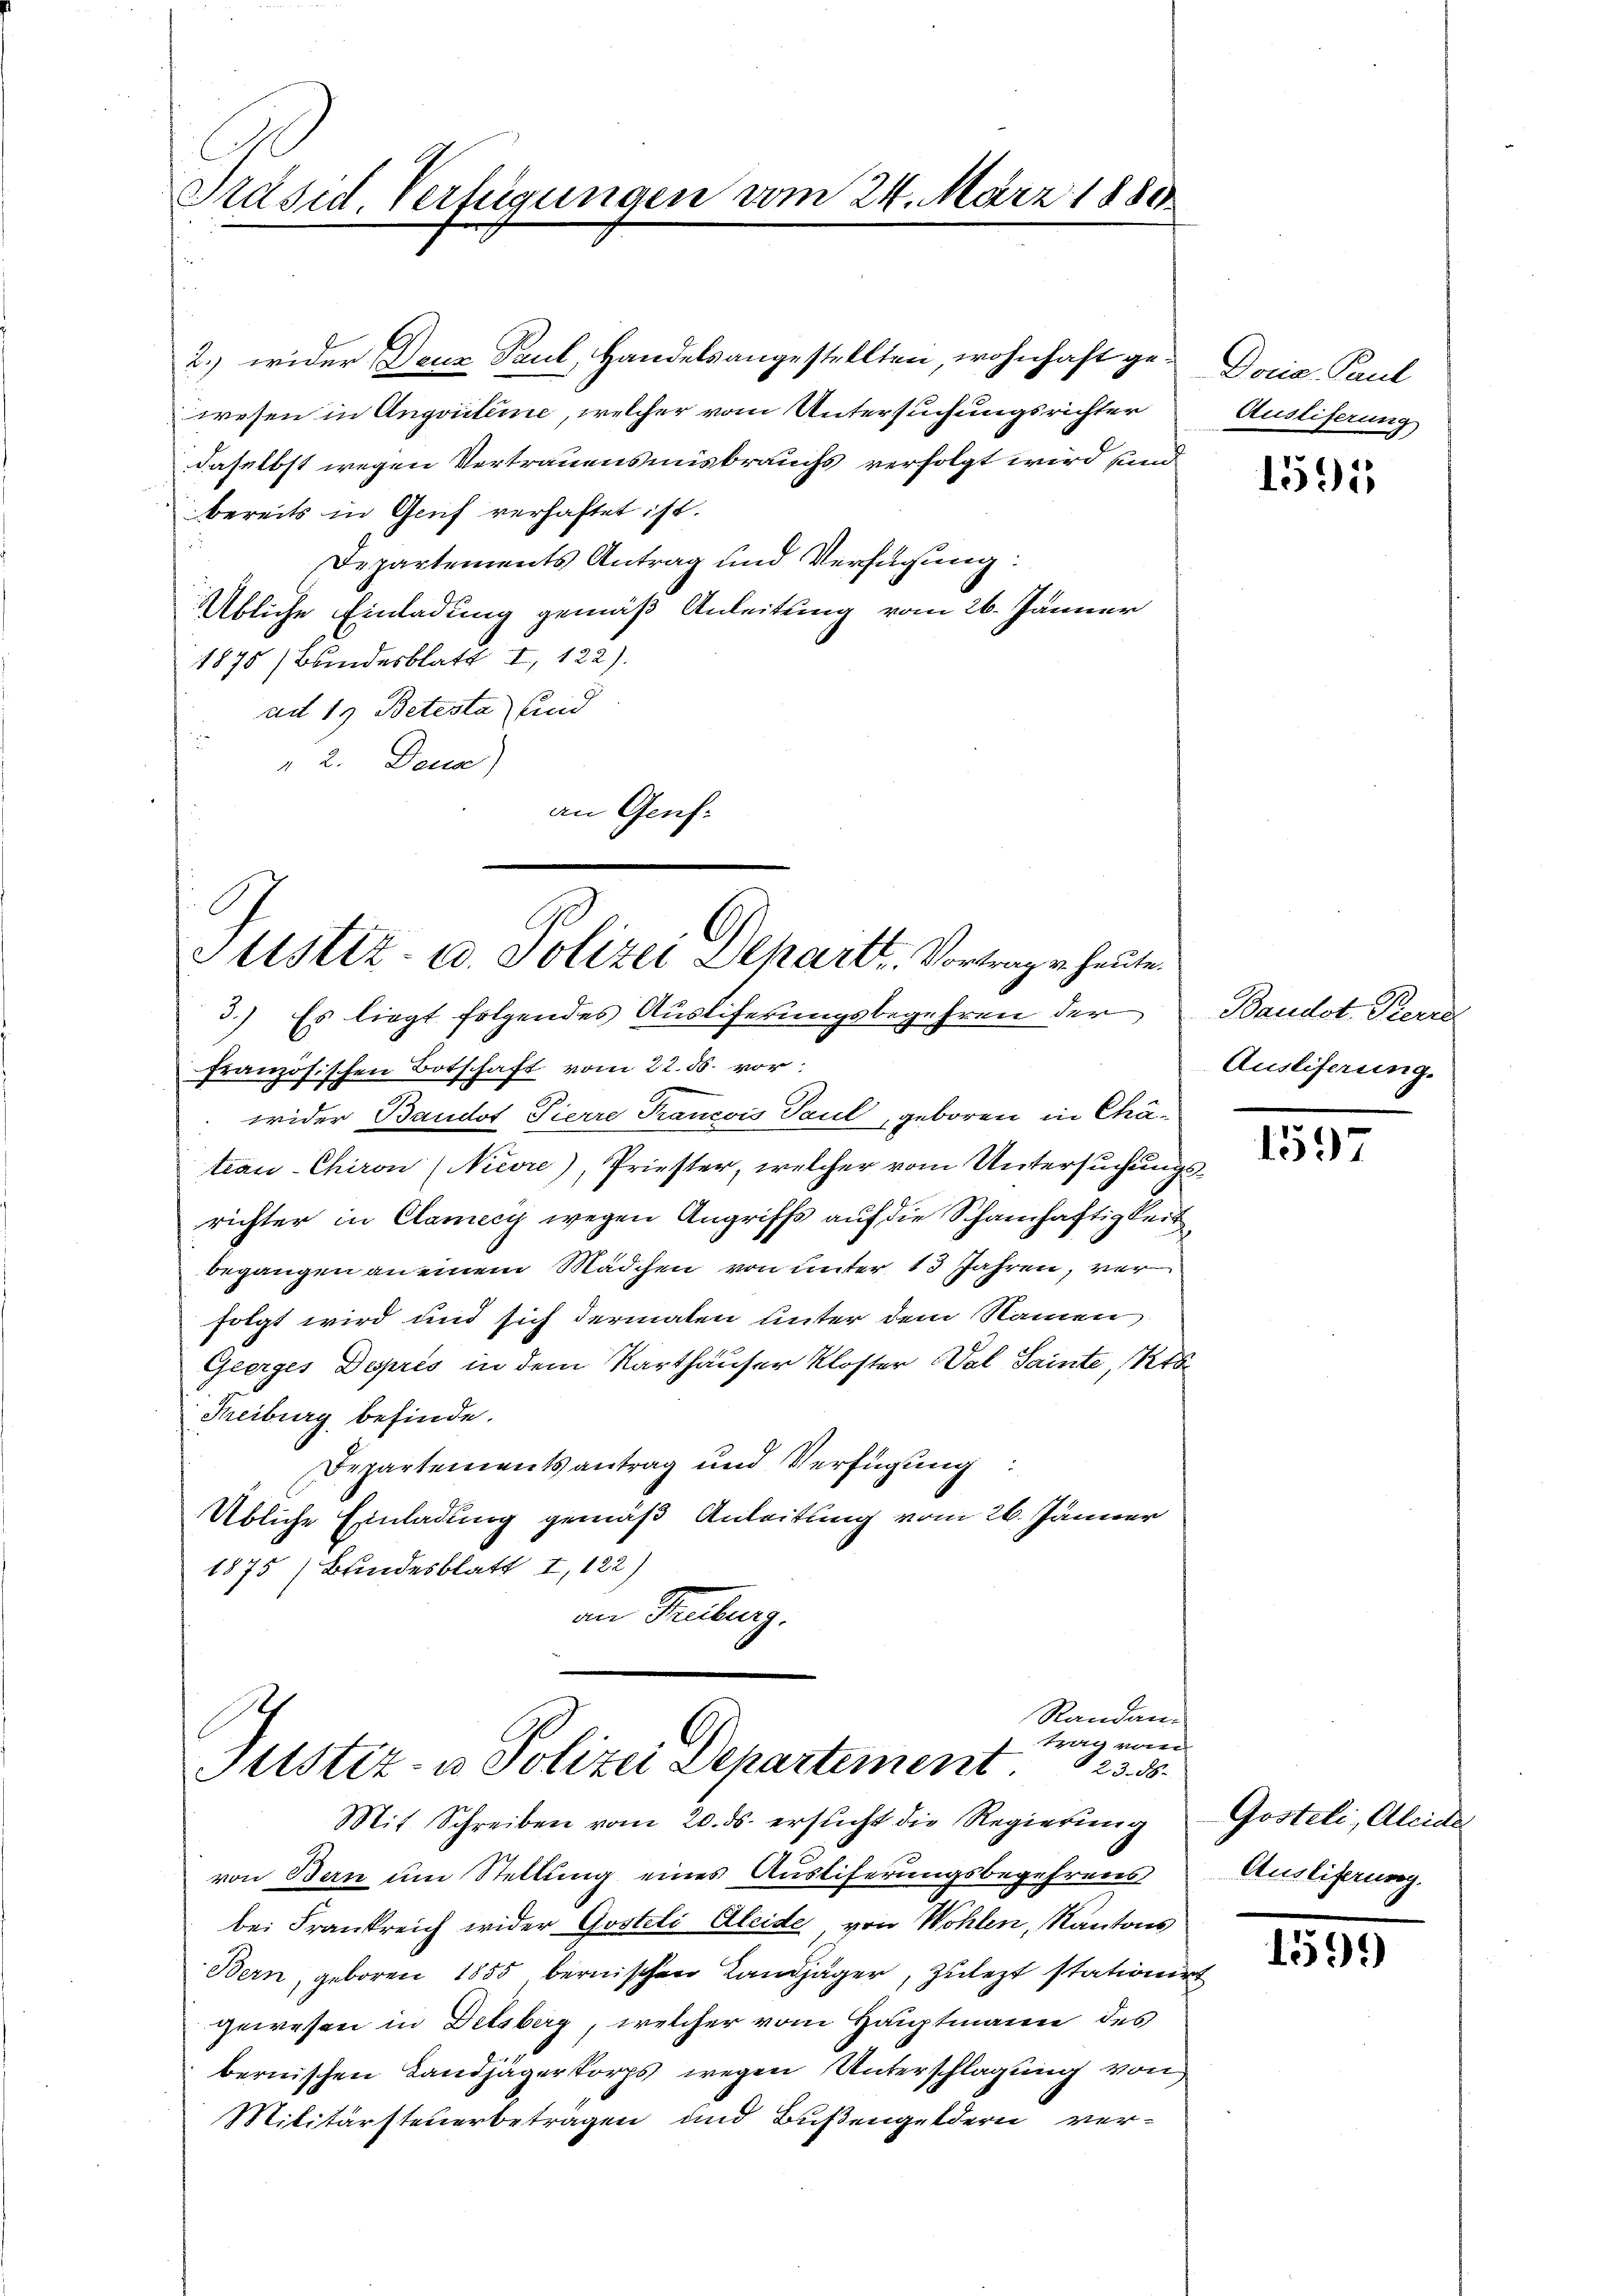
Präsid. Verfügungen vom 24. März 1888.

2. wider Deuz Paul, Handelsangestellten wohnhaft gewesen in Angriteine, welcher vom Untersuchungsrichter
daselbst wegen Vertrauensmisbrauchs verfolgt wird sin
bereits in Genf verhaftet ist.
Departements Antrag und Verfügung:
Übliche Einladung gemäß Anleitung vom 26. Jänner
1875 (Bundesblatt I 122).
ad 1. Betesta und
 2. Den)
an Genf¬

Justiz- u. Polizei Departt. Vortragen heute

3.) Es liegt folgendes Auslieferungsbegehren der
französischen Botschaft vom 22. ds. vor:
wider Baudot Pierre Francois Paul, geboren in Chäteau-Chiron Niere), Priester, welcher vom Untersuchungsrichter in Clamecy wegen Angriffs auf die Schamhaftigkeit
begangen an einem Mädchen von unter 13 Jahren, ver
folgt wird und sich dermalen unter dem Namen
Geerges Depris in dem Karthäuser Kloster Val Sainte, Kts.
Freiburg befinde.
Departementsantrag und Verfügung
Übliche Einladung gemäß Anleitung vom 26. Jänner
1875 Bundesblatt I,122)
an Trübung.

Randanl
trag vom
Justiz- u Polizei Departement.
123. ds.
Mit Schreiben vom 20. ds. ersucht die Regierung

Doris Paul
Ausliferung

von Bern um Stellung eines Ausliferungsbegehrens
bei Frankreich wider Gostoli Aleide von Wohlen, Kantons
Bern, geboren 1855 bernischen Landjäger, zulezt stationirt
gewesen in Delsberg, welcher vom Hauptmann des
bernischen Landjägerkorps wegen Unterschlagung von
Militärsteuerbetragen und Bußengeldern ver¬

1591

Baudot-Kerra
Auslieferung.

1597

Gosteli, Aleider
Ausliferung.

1591